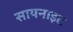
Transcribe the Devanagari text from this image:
सायनाइट